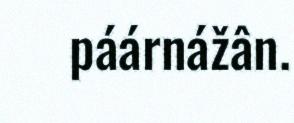
páárnážân.